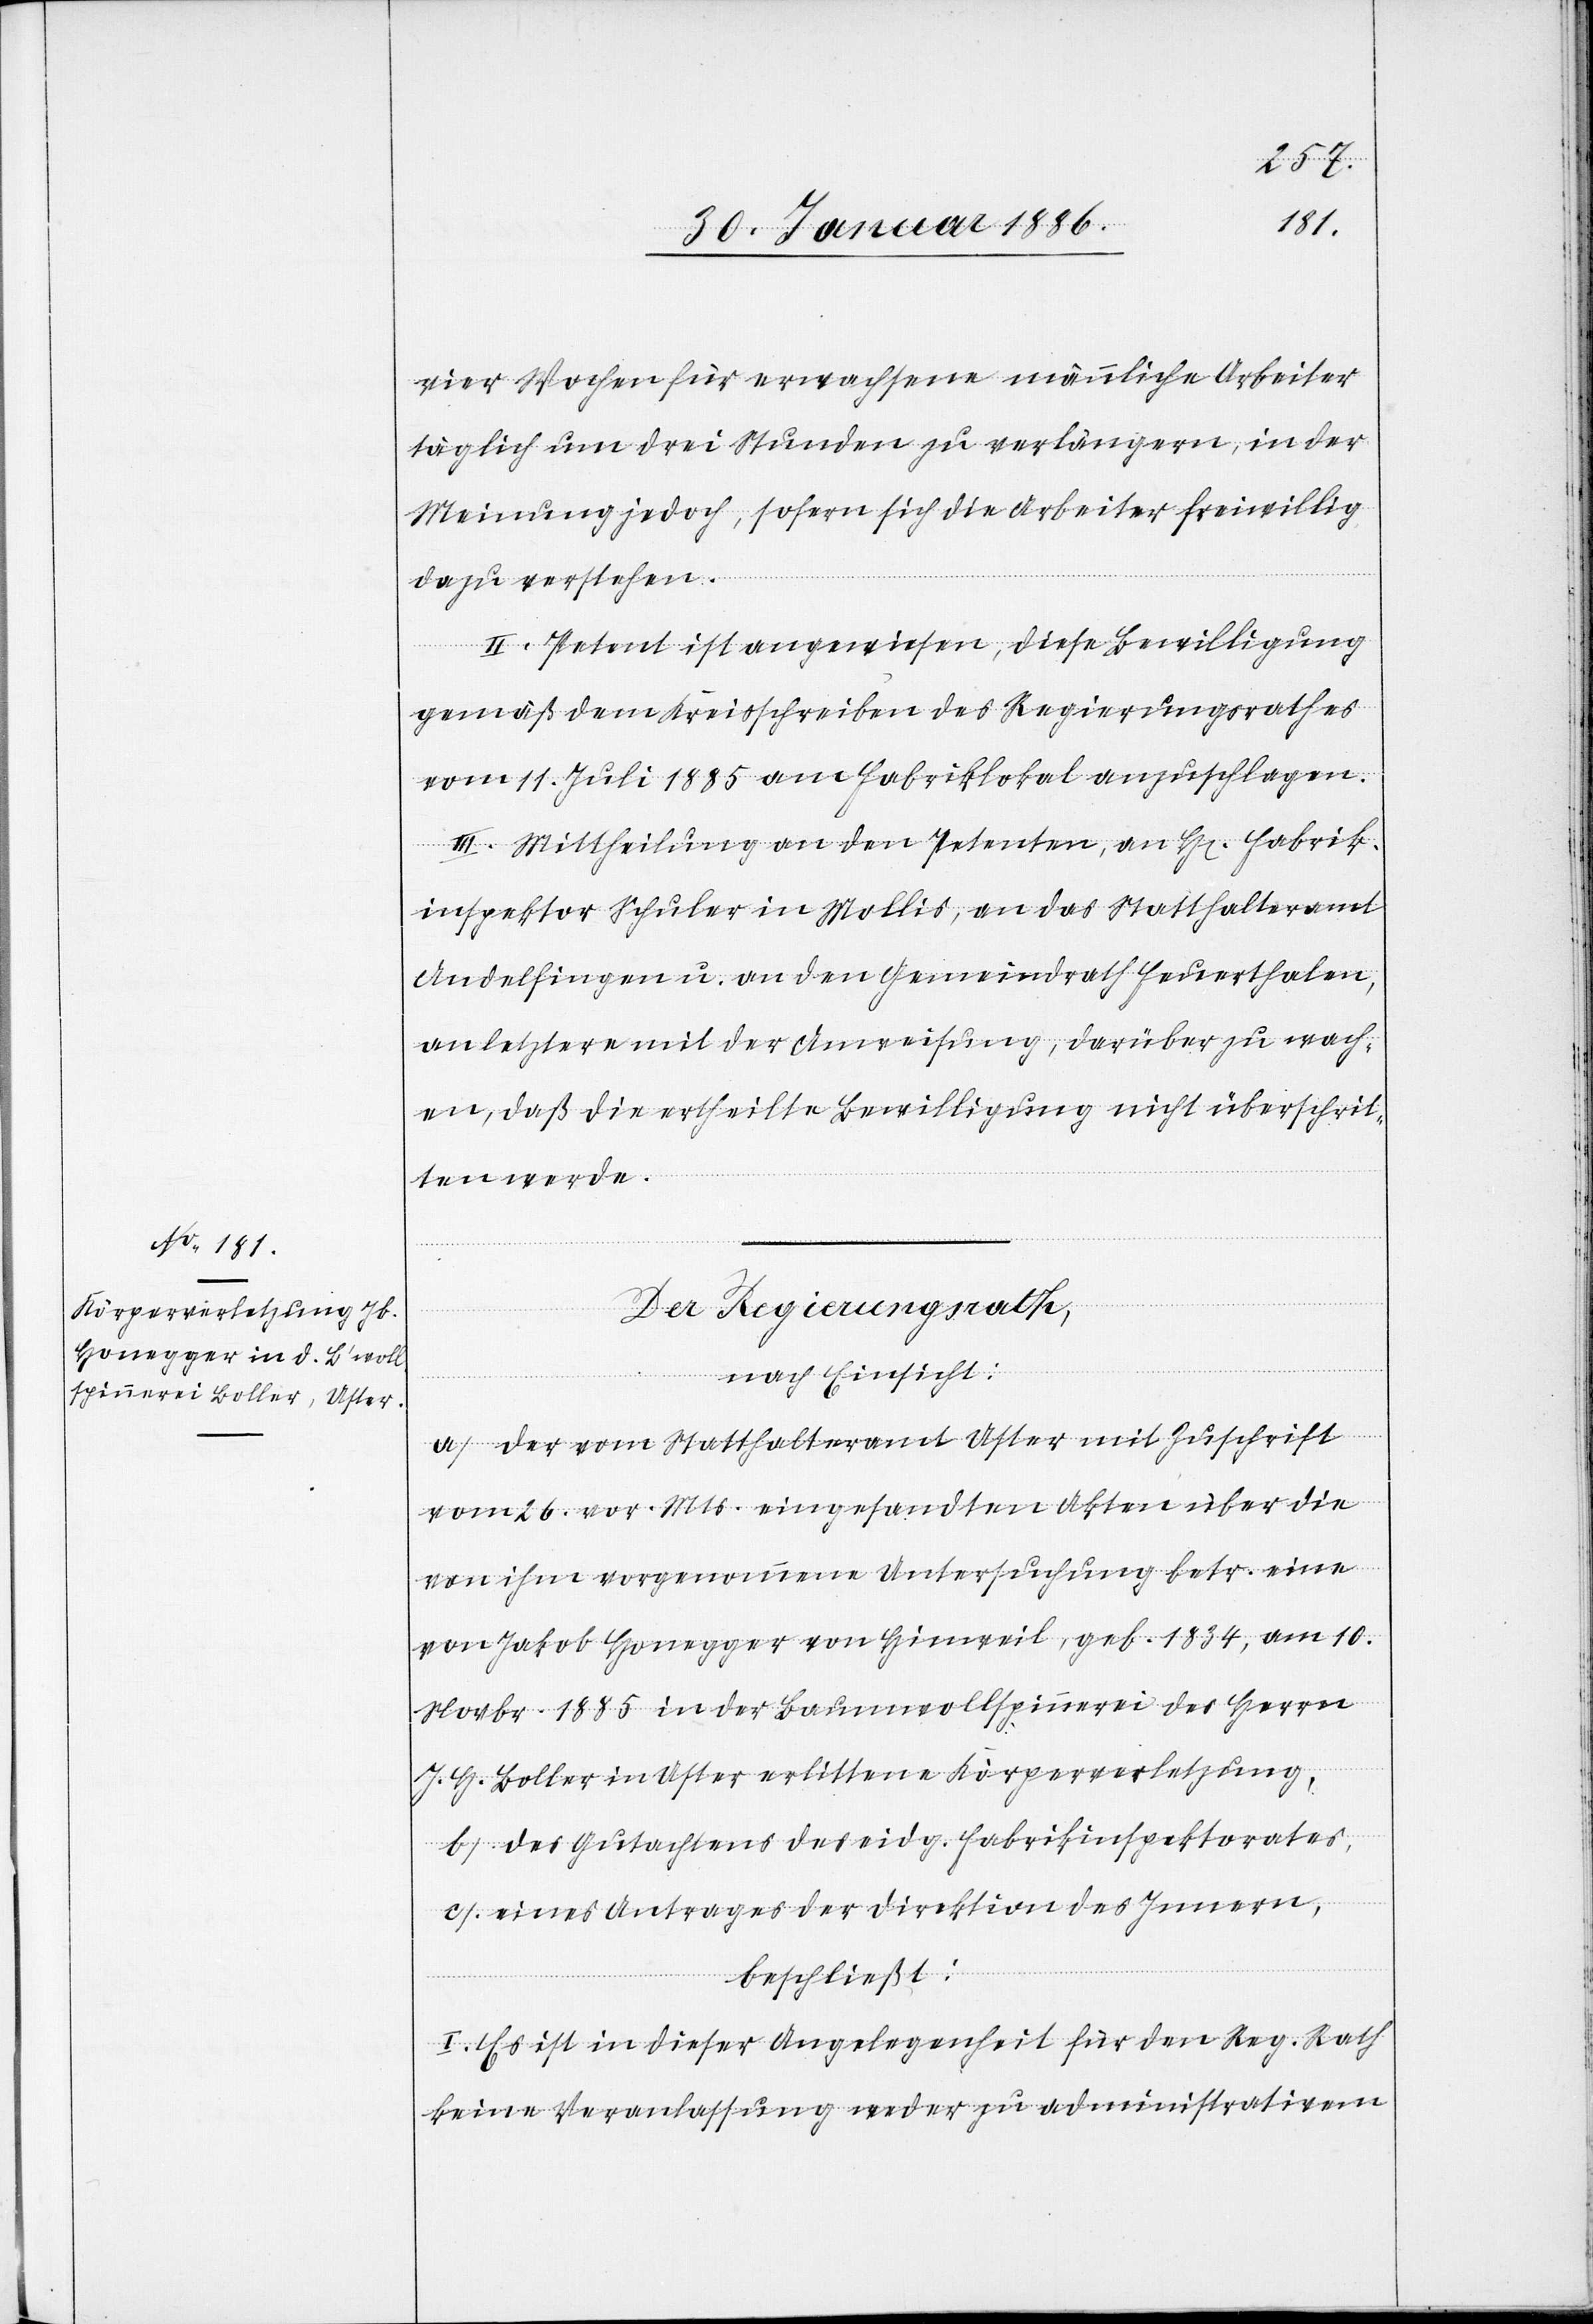
vier Wochen für erwachsene männliche Arbeiter
täglich um drei Stunden zu verlängern, in der
Meinung jedoch, sofern sich die Arbeiter freiwillig
dazu verstehen.
II. Petent ist angewiesen, diese Bewilligung
gemäß dem Kreisschreiben des Regierungsrathes
vom 11. Juli 1885 am Fabriklokal anzuschlagen.
III. Mittheilung an den Petenten, an H[errn] Fabrik¬
inspektor Schuler in Mollis, an das Statthalteramt
Andelfingen u. an den Gemeindrath Feuerthalen,
an letztern mit der Anweisung, darüber zu wach¬
en, daß die ertheilte Bewilligung nicht überschrit¬
ten werde.
Der Regierungsrath
nach Einsicht:
a) der vom Statthalteramt Uster mit Zuschrift
vom 26. vor. Mts. eingesandten Akten über die
von ihm vorgenommene Untersuchung betr. eine
von Jakob Honegger von Hinweil, geb. 1834, am 10.
Novbr. 1885 in der Baumwollspinnerei des Herrn
J. H. Boller in Uster erlittene Körperverletzung,
b) des Gutachtens des eidg. Fabrikinspektorates,
c) eines Antrages der Direktion des Innern,
beschließt:
I. Es ist in dieser Angelegenheit für den Reg. Rath
keine Veranlassung weder zu administrativen